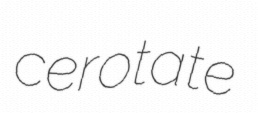
cerotate